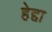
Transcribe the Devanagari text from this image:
हेद्दा